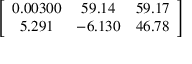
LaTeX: \left[ { \begin{array} { c c c } { 0 . 0 0 3 0 0 } & { 5 9 . 1 4 } & { 5 9 . 1 7 } \\ { 5 . 2 9 1 } & { - 6 . 1 3 0 } & { 4 6 . 7 8 } \end{array} } \right]